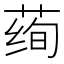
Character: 𱽾